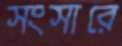
সংসারে